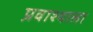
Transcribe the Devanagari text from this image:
प्रवाश्याला